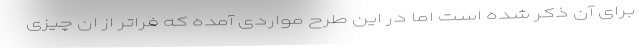
برای آن ذکر شده است اما در این طرح مواردی آمده که فراتر از ان چیزی